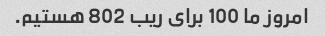
امروز ما 100 برای ریب 802 هستیم.